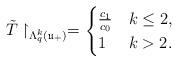
LaTeX: \begin{align*}\tilde{T} \restriction_{\Lambda_q^k(\mathfrak{u}_{+})} = \begin{cases}\frac{c_1}{c_0} & k \leq 2, \\1 & k > 2.\end{cases}\end{align*}